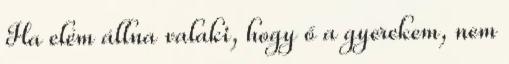
Ha elém állna valaki, hogy ő a gyerekem, nem